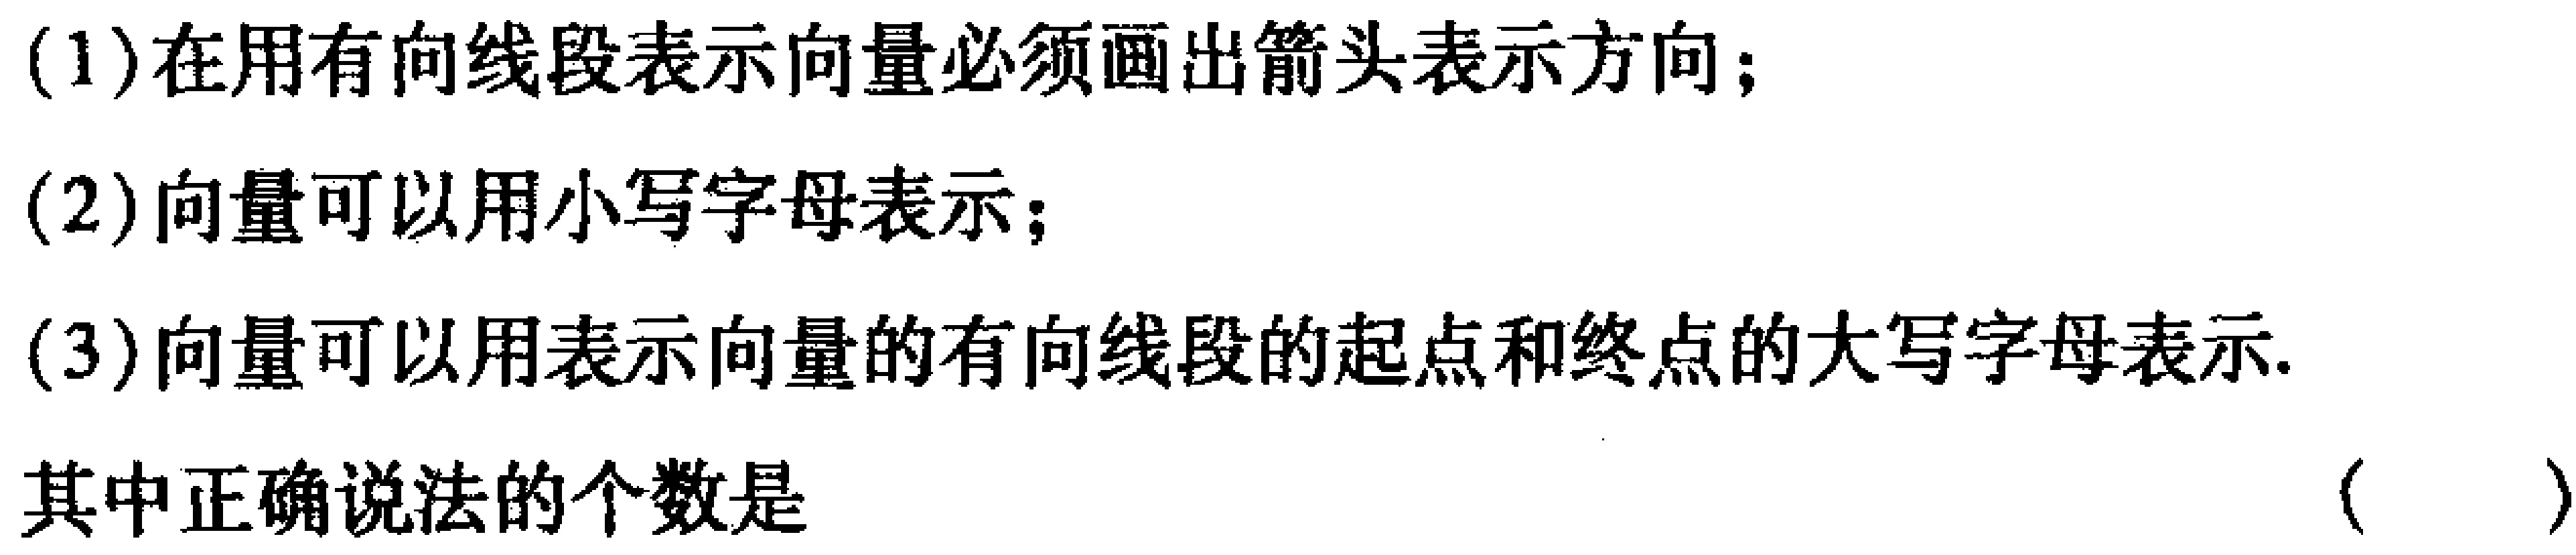
(1)在用有向线段表示向量必须画出箭头表示方向；
(2)向量可以用小写字母表示；
(3)向量可以用表示向量的有向线段的起点和终点的大写字母表示.
其中正确说法的个数是 （  ）